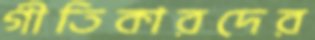
গীতিকারদের